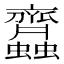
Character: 𧖊